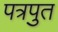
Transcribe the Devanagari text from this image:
पत्रपुत